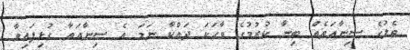
ތެލުގެ ސިނާއަތެއް ބިނާ ކުރުމުގެ ވާހަކަ ދައްކާ ނަމަ އެ ސިނާއަތާ ގުޅިފައިވާ